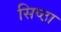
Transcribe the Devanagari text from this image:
सिष्ठा